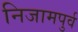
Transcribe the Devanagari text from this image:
निजामपुर्व